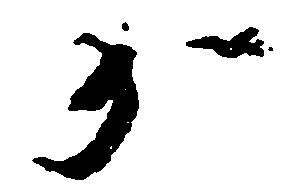
か